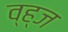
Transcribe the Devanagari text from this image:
व्ह्ज